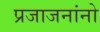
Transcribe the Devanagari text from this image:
प्रजाजनांनो